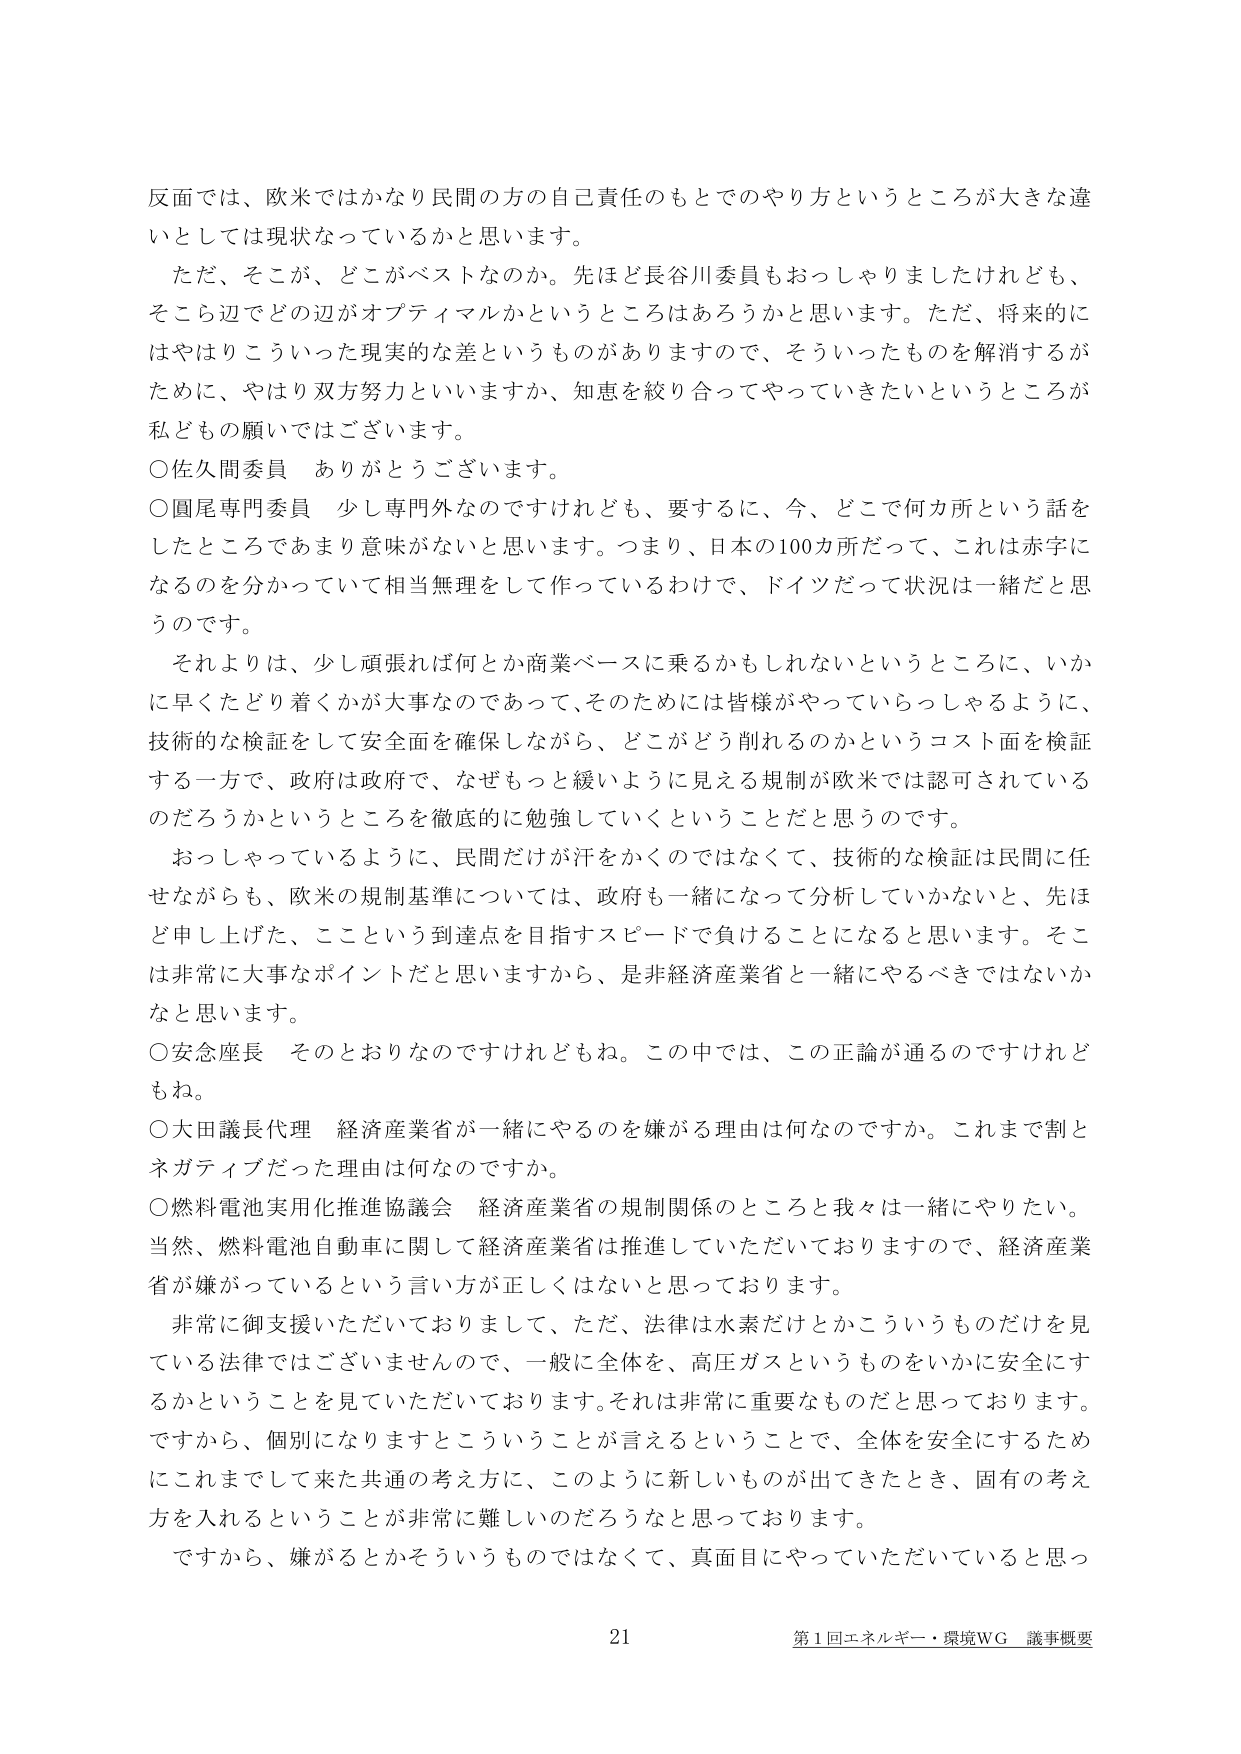
反面では、欧米ではかなり民間の方の自己責任のもとでのやり方というところが大きな違いとしては現状なっているかと思います。

ただ、そこが、どこがベストなのか。先ほど長谷川委員もおっしゃりましたけれども、そこら辺でどの辺がオプティマルかというところはあろうかと思います。ただ、将来的にはやはりこういった現実的な差というものがありますので、そういったものを解消するがために、やはり双方努力といいますか、知恵を絞り合ってやっていきたいというところが私どもの願いではございます。

○佐久間委員　ありがとうございます。

○圓尾専門委員　少し専門外なのですけれども、要するに、今、どこで何力所という話をしたところであまり意味がないと思います。つまり、日本の100カ所だって、これは赤字になるのを分かっていて相当無理をして作っているわけで、ドイツだって状況は一緒だと思うのです。

それよりは、少し頑張れば何とか商業ベースに乗るかもしれないというところに、いかに早くたどり着くかが大事なのであって、そのためには皆様がやっていらっしゃるように、技術的な検証をして安全面を確保しながら、どこがどう削れるのかというコスト面を検証する一方で、政府は政府で、なぜもっと緩いように見える規制が欧米では認可されているのだろうかというところを徹底的に勉強していくということだと思うのです。

おっしゃっているように、民間だけが汗をかくのではなくて、技術的な検証は民間に任せながらも、欧米の規制基準については、政府も一緒になって分析していかないと、先ほど申し上げた、ここという到達点を目指すスピードで負けることになると思います。そこは非常に大事なポイントだと思いますから、是非経済産業省と一緒にやるべきではないかなと思います。

○安念座長　そのとおりなのですけれどもね。この中では、この正論が通るのですけれどもね。

○大田議長代理　経済産業省が一緒にやるのを嫌がる理由は何なのですか。これまで割とネガティブだった理由は何なのですか。

○燃料電池実用化推進協議会　経済産業省の規制関係のところと我々は一緒にやりたい。当然、燃料電池自動車に関して経済産業省は推進していただいておりますので、経済産業省が嫌がっているという言い方が正しくはないと思っております。

非常に御支援いただいておりまして、ただ、法律は水素だけとかこういうものだけを見ている法律ではございませんので、一般に全体を、高圧ガスというものをいかに安全にするかということを見ていただいております。それは非常に重要なものだと思っております。ですから、個別になりますとこういうことが言えるということで、全体を安全にするためにこれまでして来た共通の考え方に、このように新しいものが出てきたとき、固有の考え方を入れるということが非常に難しいのだろうなと思っております。

ですから、嫌がるとかそういうものではなくて、真面目にやっていただいていると思っ

21
第1回エネルギー・環境WG 議事概要